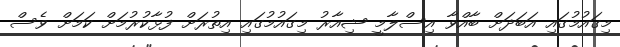
މިގައުމުގައި އަބަދަށް ބާއްވާ އިސްލާމީ ޝިއާރު މިގައުމުގައި އިތުރަށް ފުޅާކުރުމަށް ކަމަށް ވެސް